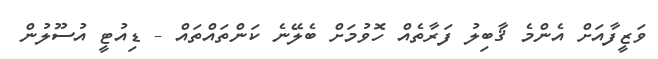
ވަޒީފާއަށް އެންމެ ޤާބިލު ފަރާތެއް ހޮވުމަށް ބެލޭނެ ކަންތައްތައް - ޑިއުޓީ އުސޫލުން